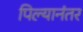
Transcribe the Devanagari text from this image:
पिल्यानंतर